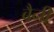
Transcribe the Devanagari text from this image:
बैनी